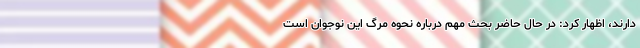
دارند، اظهار کرد: در حال حاضر بحث مهم درباره نحوه مرگ این نوجوان است